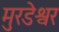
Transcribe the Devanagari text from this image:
मुरडेश्वर